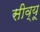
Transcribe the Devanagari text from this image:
सीव्‍यू